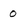
Character: 0